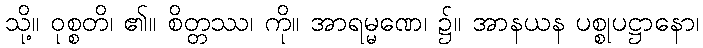
သို့။ ဝုစ္စတိ၊ ၏။ စိတ္တဿ၊ ကို။ အာရမ္မဏေ၊ ၌။ အာနယန ပစ္စုပဋ္ဌာနော၊